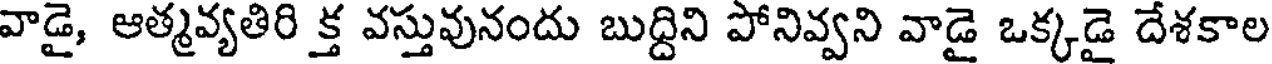
వాడై, ఆత్మవ్యతిరి క్త వస్తువునందు బుద్దిని పోనివ్వని వాడై ఒక్కడై దేశకాల